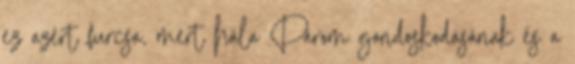
ez azért furcsa, mert hála Párom gondoskodásának és a